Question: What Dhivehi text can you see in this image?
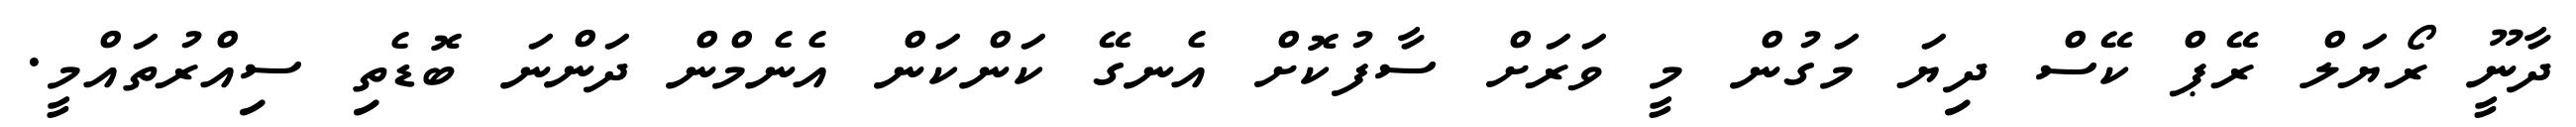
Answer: ދާނީޫ ރޯޔަލް ރޭޕް ކޭސް ދިޔަ މަގުން މީ ވަރަށް ސާފުކޮށް އެނގޭ ކަންކަން އެނެމްން ދަންނަ ބޮޑެތި ސިއްރުތައްމީ.